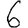
Digit: 6